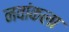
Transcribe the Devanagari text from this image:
नवांकला